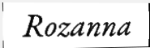
Rozanna